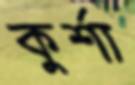
কুর্শা